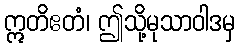
ဣတိဧတံ၊ ဤသို့မုသာဝါဒမှ